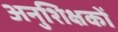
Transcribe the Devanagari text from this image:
अनुशिक्षकों